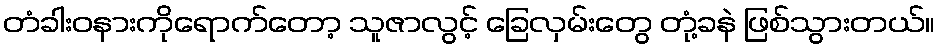
တံခါးဝနားကိုရောက်တော့ သူဇာလွင့် ခြေလှမ်းတွေ တုံ့ခနဲ ဖြစ်သွားတယ်။